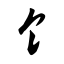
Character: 饣